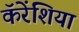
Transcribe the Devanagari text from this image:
कॅरेंशिया